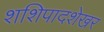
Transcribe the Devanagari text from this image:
शशिपादशेखर